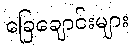
ခြေချောင်းများ